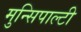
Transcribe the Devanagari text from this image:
मुन्सिपाल्टी